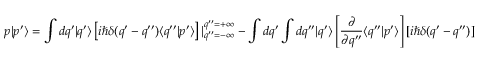
p | p ^ { \prime } \rangle = \int d q ^ { \prime } | q ^ { \prime } \rangle \left[ i \hbar \delta ( q ^ { \prime } - q ^ { \prime \prime } ) \langle q ^ { \prime \prime } | p ^ { \prime } \rangle \right] | _ { q ^ { \prime \prime } = - \infty } ^ { q ^ { \prime \prime } = + \infty } - \int d q ^ { \prime } \int d q ^ { \prime \prime } | q ^ { \prime } \rangle \left[ \frac { \partial } { \partial q ^ { \prime \prime } } \langle q ^ { \prime \prime } | p ^ { \prime } \rangle \right] [ i \hbar \delta ( q ^ { \prime } - q ^ { \prime \prime } ) ]